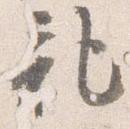
記